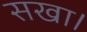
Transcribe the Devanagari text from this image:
सखा।